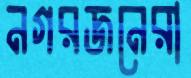
নগরজনেরা